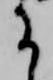
に